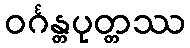
ဝင်္ဂန္တပုတ္တဿ